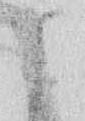
候